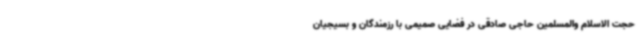
حجت الاسلام والمسلمین حاجی صادقی در فضایی صمیمی با رزمندگان و بسیجیان